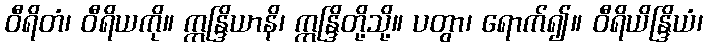
ဝီရိတံ၊ ဝီရိယကို။ ဣန္ဒြိယာနိ၊ ဣန္ဒြိတို့သို့။ ပတွာ၊ ရောက်၍။ ဝီရိယိန္ဒြိယံ၊